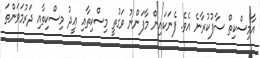
އާމިސްކިތް ސާފުކުރާނެ އެވެ. ފެނަކައިން މާފަންނު ވަގުތީ މިސްކިތާއި ޢީދު މިސްކިތާއި ދަރުމަވަންތަ